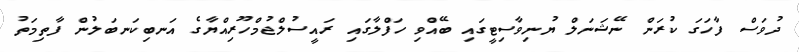
ދުވަސް ފާހަގަ ކުރަން ނޭޝަނަލް ޔުނިވާސިޓީގައި ބޭއްވި ހަފްލާގައި ރައީސުލްޖުމްހޫރިއްޔާގެ އަނބިކަނބަލުން ފާތިމަތު